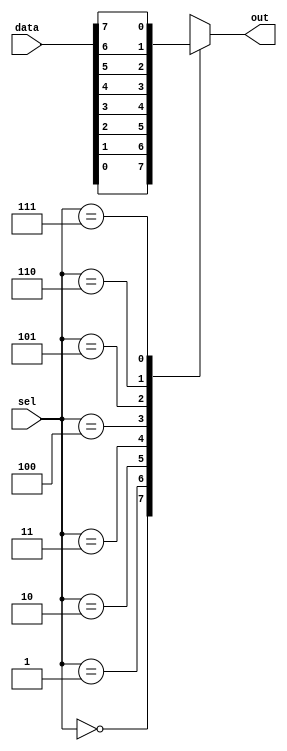
module mux_8to1 (
    input [7:0] data,
    input [2:0] sel,
    output reg out
);

always @(*) begin
    case(sel)
        3'b000: out = data[0];
        3'b001: out = data[1];
        3'b010: out = data[2];
        3'b011: out = data[3];
        3'b100: out = data[4];
        3'b101: out = data[5];
        3'b110: out = data[6];
        3'b111: out = data[7];
    endcase
end

endmodule